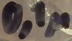
Text: 0,1µ